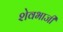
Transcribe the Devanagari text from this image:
शेवभाजी